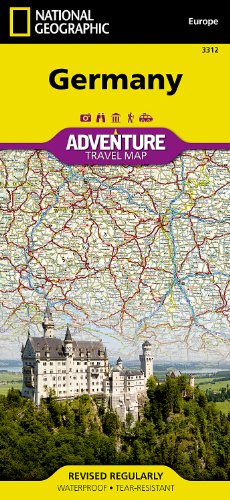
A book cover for Germany (National Geographic Adventure Map); National Geographic Maps - Adventure; Travel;